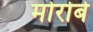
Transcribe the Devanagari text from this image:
मोरोबे